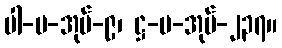
ပါ-ပ-အုပ်-၉၊ ဋ္ဌ-ပ-အုပ်-၂၃၇။